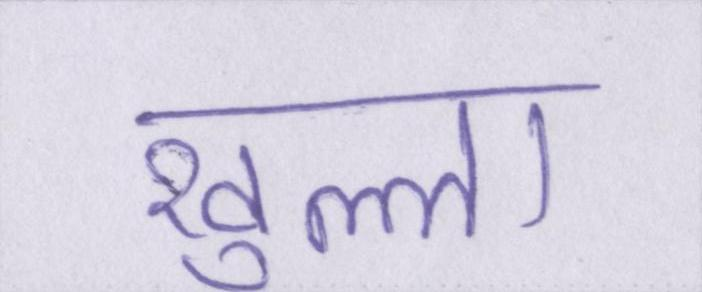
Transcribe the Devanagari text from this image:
खुल्ला